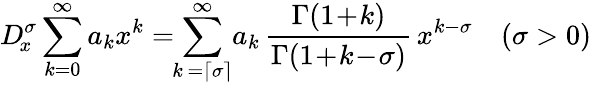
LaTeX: D_{\! x}^{\sigma}\sum_{k=0}^{\infty}a_{k}x^{k}=\! \! \sum_{k\, =\left\lceil\sigma\right\rceil}^{\infty}\! a_{k}\, \frac{\Gamma(1\! +\! k)}{\Gamma(1\! +\! k\! -\! \sigma)}\, x^{k-\sigma}\quad(\sigma>0)